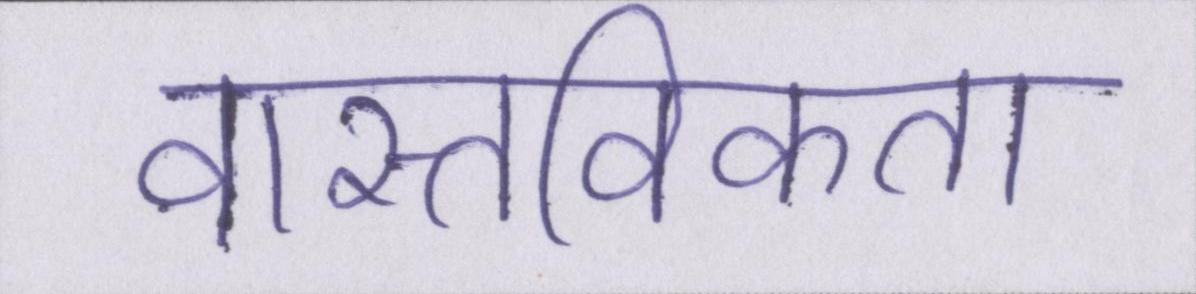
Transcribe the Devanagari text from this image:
वास्तविकता